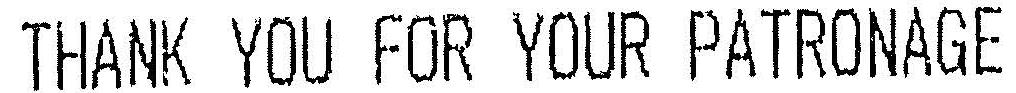
THANK YOU FOR YOUR PATRONAGE